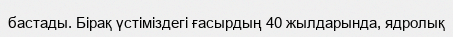
бастады. Бірақ үстіміздегі ғасырдың 40 жылдарында, ядролық